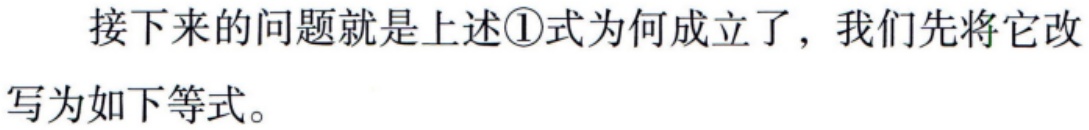
接下来的问题就是上述\textcircled{1}式为何成立了，我们先将它改写为如下等式。